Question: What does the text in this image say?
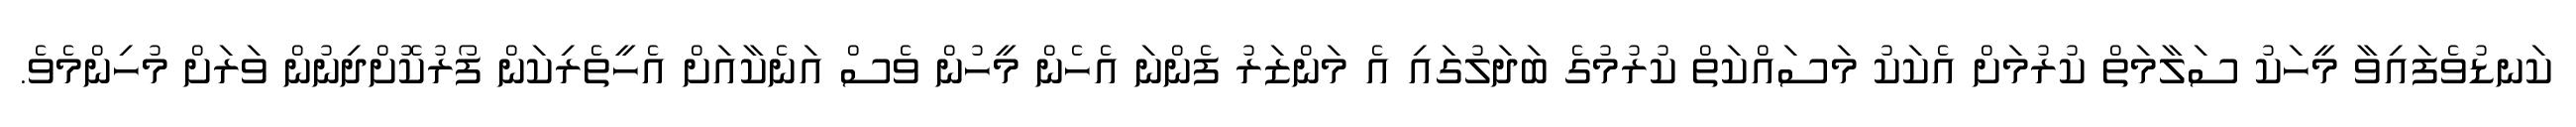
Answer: ކަނޑުވެފައިވާ މީހަކު ސަލާމަތް ކުރުމަށް އެކަކު މަސައްކަތް ކުރުމުގެ ބަދަލުގައި އެ މަންޒަރު ފެންނަ އެހެން މީހުން ވެސް އަނެކާއަށް އެހީތެރިކަން ފޯރުކޮށްދިނުން ވަރަށް މުހިންމެވެ.